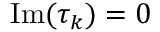
\mathrm { I m } ( \tau _ { k } ) = 0